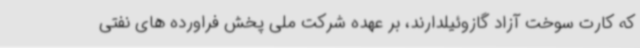
که کارت سوخت آزاد گازوئیلدارند، بر عهده شرکت ملی پخش فراورده های نفتی